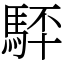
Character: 䮆